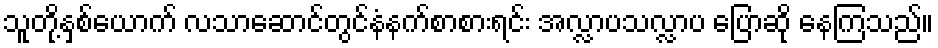
သူတို့နှစ်ယောက် လသာဆောင်တွင်နံနက်စာစားရင်း အလ္လာပသလ္လာပ ပြောဆို နေကြသည်။